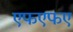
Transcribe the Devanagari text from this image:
एफएफए